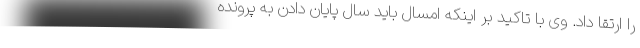
را ارتقا داد. وی با تاکید بر اینکه امسال باید سال پایان دادن به پرونده